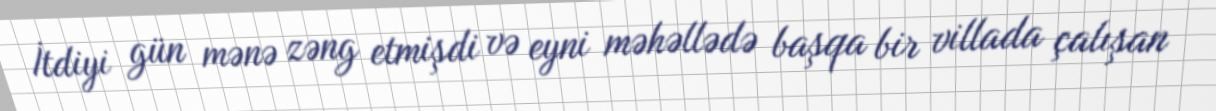
İtdiyi gün mənə zəng etmişdi və eyni məhəllədə başqa bir villada çalışan